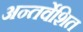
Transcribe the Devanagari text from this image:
अन्तर्वेशित